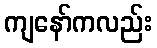
ကျနော်ကလည်း